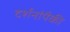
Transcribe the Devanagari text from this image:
दर्शनांपैकी